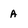
Character: A